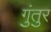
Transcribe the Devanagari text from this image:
गुंतुर